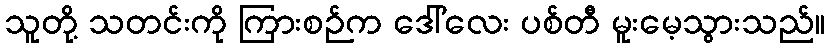
သူတို့ သတင်းကို ကြားစဉ်က ဒေါ်လေး ပစ်တီ မူးမေ့သွားသည်။